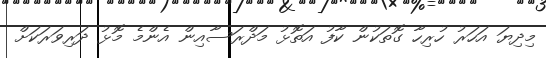
މިދިޔަ އަހަރު ހުރިހާ ގޮތަކުން ކާފު އަތޮޅު މަދްރަސާއިން އެންމެ މޮޅު ދަރިވަރަކަށް